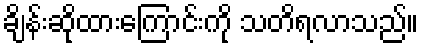
ချိန်းဆိုထားကြောင်းကို သတိရလာသည်။